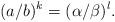
LaTeX: \begin{align*} (a/b)^k=(\alpha/\beta)^l.\end{align*}